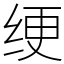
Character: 绠